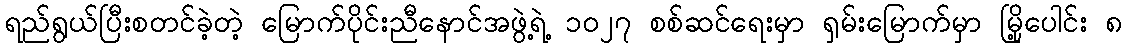
ရည်ရွယ်ပြီးစတင်ခဲ့တဲ့ မြောက်ပိုင်းညီနောင်အဖွဲ့ရဲ့ ၁၀၂၇ စစ်ဆင်ရေးမှာ ရှမ်းမြောက်မှာ မြို့ပေါင်း ၈